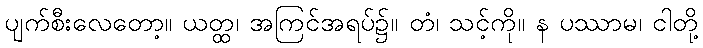
ပျက်စီးလေတော့။ ယတ္ထ၊ အကြင်အရပ်၌။ တံ၊ သင့်ကို။ န ပဿာမ၊ ငါတို့